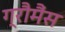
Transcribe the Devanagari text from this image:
ग्रौमैंस